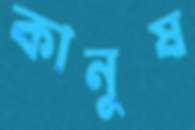
কানুষ